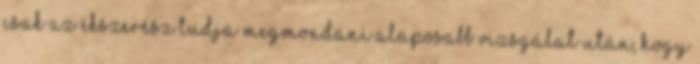
csak az ékszerész tudja megmondani alaposabb vizsgálat után, hogy